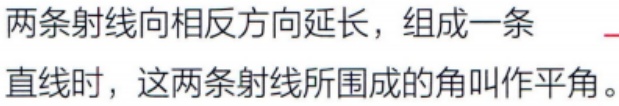
两条射线向相反方向延长，组成一条 直线时，这两条射线所围成的角叫作平角。